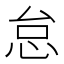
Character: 怠